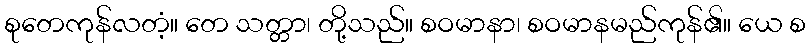
စုတေကုန်လတံ့။ တေ သတ္တာ၊ တို့သည်။ စဝမာနာ၊ စဝမာနမည်ကုန်၏။ ယေ စ